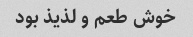
خوش طعم و لذیذ بود